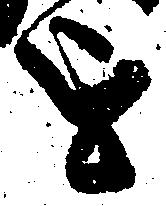
を